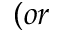
( o r